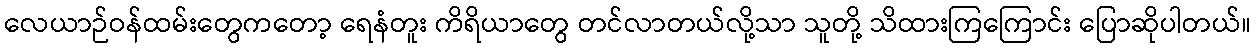
လေယာဉ်ဝန်ထမ်းတွေကတော့ ရေနံတူး ကိရိယာတွေ တင်လာတယ်လို့သာ သူတို့ သိထားကြကြောင်း ပြောဆိုပါတယ်။